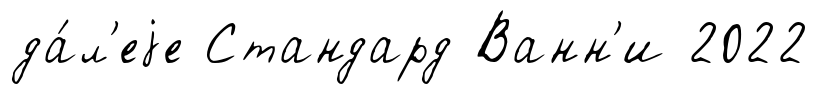
да́л'еjе Стандард Ванн'и 2022